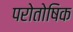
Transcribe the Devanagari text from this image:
परोतोषिक